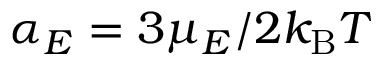
\alpha _ { E } = 3 \mu _ { E } / 2 \ensuremath { k _ { \mathrm { B } } T }